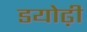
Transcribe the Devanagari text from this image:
डयोढ़ी